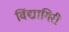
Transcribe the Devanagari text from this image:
विंद्यागिरी